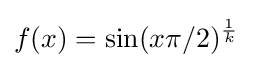
f(x)=\sin(x\pi /2)^{\frac {1}{k}}